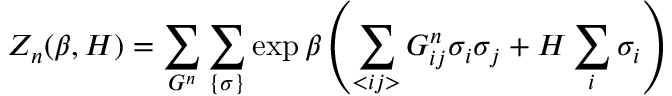
Z _ { n } ( \beta , H ) = \sum _ { G ^ { n } } \sum _ { \{ \sigma \} } \exp \beta \left( \sum _ { < i j > } G _ { i j } ^ { n } \sigma _ { i } \sigma _ { j } + H \sum _ { i } \sigma _ { i } \right)